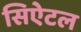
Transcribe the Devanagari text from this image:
सिऐटल